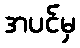
အပင်မှ